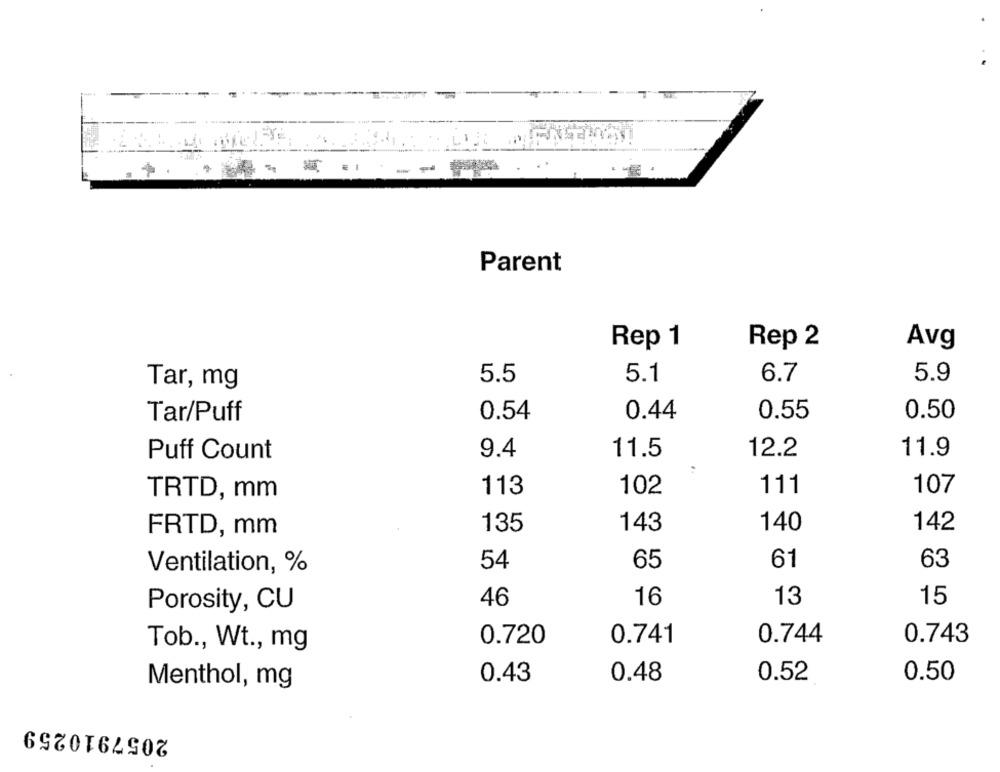
.....--
Parent
Rep 1
Rep 2
Avg
5.5
5.1
6.7
5.9
Tar, mg
0.54
0.44
0.55
0.50
Tar/Puff
Puff Count
9.4
11.5
12.2
11.9
TRTD, mm
113
102
111
107
142
FRTD, mm
135
143
140
65
61
63
Ventilation, %
54
46
16
13
15
Porosity, CU
0.720
0.741
0.744
0.743
Tob ., Wt ., mg
0.43
0.48
0.52
0.50
Menthol, mg
2057910259